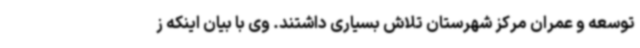
توسعه و عمران مرکز شهرستان تلاش بسیاری داشتند. وی با بیان اینکه ز